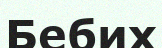
Бебих